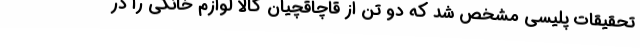
تحقیقات پلیسی مشخص شد که دو تن از قاچاقچیان کالا لوازم خانگی را در